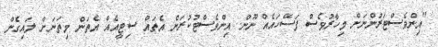
"އިންވެސްޓަރުންނަށް މިހާރުވެސް ފަސޭހައެއް ނޫން. އިންވެސްޓުކުރަން އެތައް ސިޓީއެއް އެތަން މިތަނަށް ލައިގެން